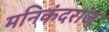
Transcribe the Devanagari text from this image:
मनिकंदराज